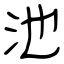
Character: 池